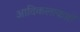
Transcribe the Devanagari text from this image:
आदिकलाकारों